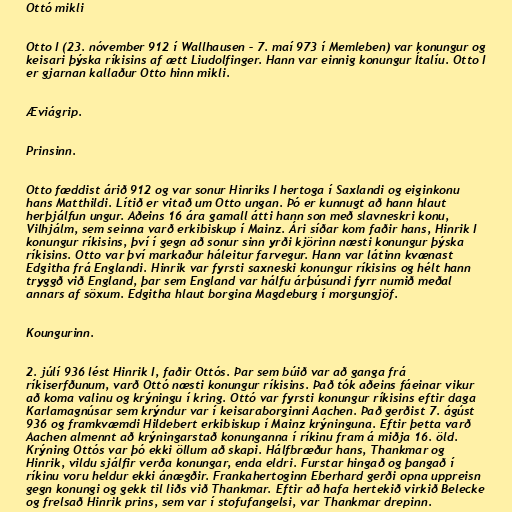
Ottó mikli

Otto I (23. nóvember 912 í Wallhausen – 7. maí 973 í Memleben) var konungur og
keisari þýska ríkisins af ætt Liudolfinger. Hann var einnig konungur Ítalíu. Otto I
er gjarnan kallaður Otto hinn mikli.

Æviágrip.

Prinsinn.

Otto fæddist árið 912 og var sonur Hinriks I hertoga í Saxlandi og eiginkonu
hans Matthildi. Lítið er vitað um Otto ungan. Þó er kunnugt að hann hlaut
herþjálfun ungur. Aðeins 16 ára gamall átti hann son með slavneskri konu,
Vilhjálm, sem seinna varð erkibiskup í Mainz. Ári síðar kom faðir hans, Hinrik I
konungur ríkisins, því í gegn að sonur sinn yrði kjörinn næsti konungur þýska
ríkisins. Otto var því markaður háleitur farvegur. Hann var látinn kvænast
Edgitha frá Englandi. Hinrik var fyrsti saxneski konungur ríkisins og hélt hann
tryggð við England, þar sem England var hálfu árþúsundi fyrr numið meðal
annars af söxum. Edgitha hlaut borgina Magdeburg í morgungjöf.

Koungurinn.

2. júlí 936 lést Hinrik I, faðir Ottós. Þar sem búið var að ganga frá
ríkiserfðunum, varð Ottó næsti konungur ríkisins. Það tók aðeins fáeinar vikur
að koma valinu og krýningu í kring. Ottó var fyrsti konungur ríkisins eftir daga
Karlamagnúsar sem krýndur var í keisaraborginni Aachen. Það gerðist 7. ágúst
936 og framkvæmdi Hildebert erkibiskup í Mainz krýninguna. Eftir þetta varð
Aachen almennt að krýningarstað konunganna í ríkinu fram á miðja 16. öld.
Krýning Ottós var þó ekki öllum að skapi. Hálfbræður hans, Thankmar og
Hinrik, vildu sjálfir verða konungar, enda eldri. Furstar hingað og þangað í
ríkinu voru heldur ekki ánægðir. Frankahertoginn Eberhard gerði opna uppreisn
gegn konungi og gekk til liðs við Thankmar. Eftir að hafa hertekið virkið Belecke
og frelsað Hinrik prins, sem var í stofufangelsi, var Thankmar drepinn.